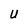
Character: U